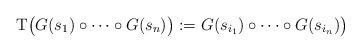
LaTeX: \begin{align*}\mathrm{T} \bigl( G(s_1)\circ\dots\circ G(s_n) \bigr):=G(s_{i_1})\circ\dots\circ G(s_{i_n}) \bigr)\end{align*}